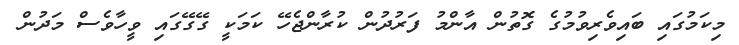
މިކަމުގައި ބައިވެރިވުމުގެ ގޮތުން އާންމު ފަރުދުން ކުރާންޖެހޭ ކަމަކީ ގޭގޭގައި ވީހާވެސް މަދުން